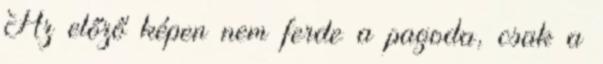
Az előző képen nem ferde a pagoda, csak a